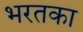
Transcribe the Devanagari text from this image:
भरतका